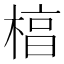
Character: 𬃬